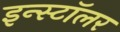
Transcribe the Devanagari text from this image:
इन्स्टॉलर